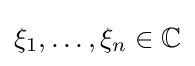
\xi _{1},\dots ,\xi _{n}\in \mathbb {C}